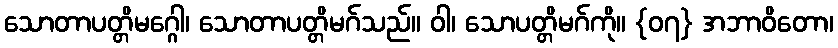
သောတာပတ္တိမဂ္ဂေါ၊ သောတာပတ္တိမဂ်သည်။ ဝါ၊ သောပတ္တိမဂ်ကို။ {၀၇} အဘာဝိတော၊